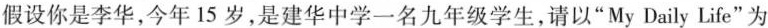
假设你是李华，今年15岁，是建华中学一名九年级学生，请以“My Daily Life”为